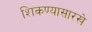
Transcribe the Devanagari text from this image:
शिकण्यासारखे